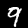
Digit: 9